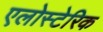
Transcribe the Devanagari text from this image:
एलोस्टेरिक